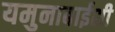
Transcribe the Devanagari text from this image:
यमुनाबाईशी